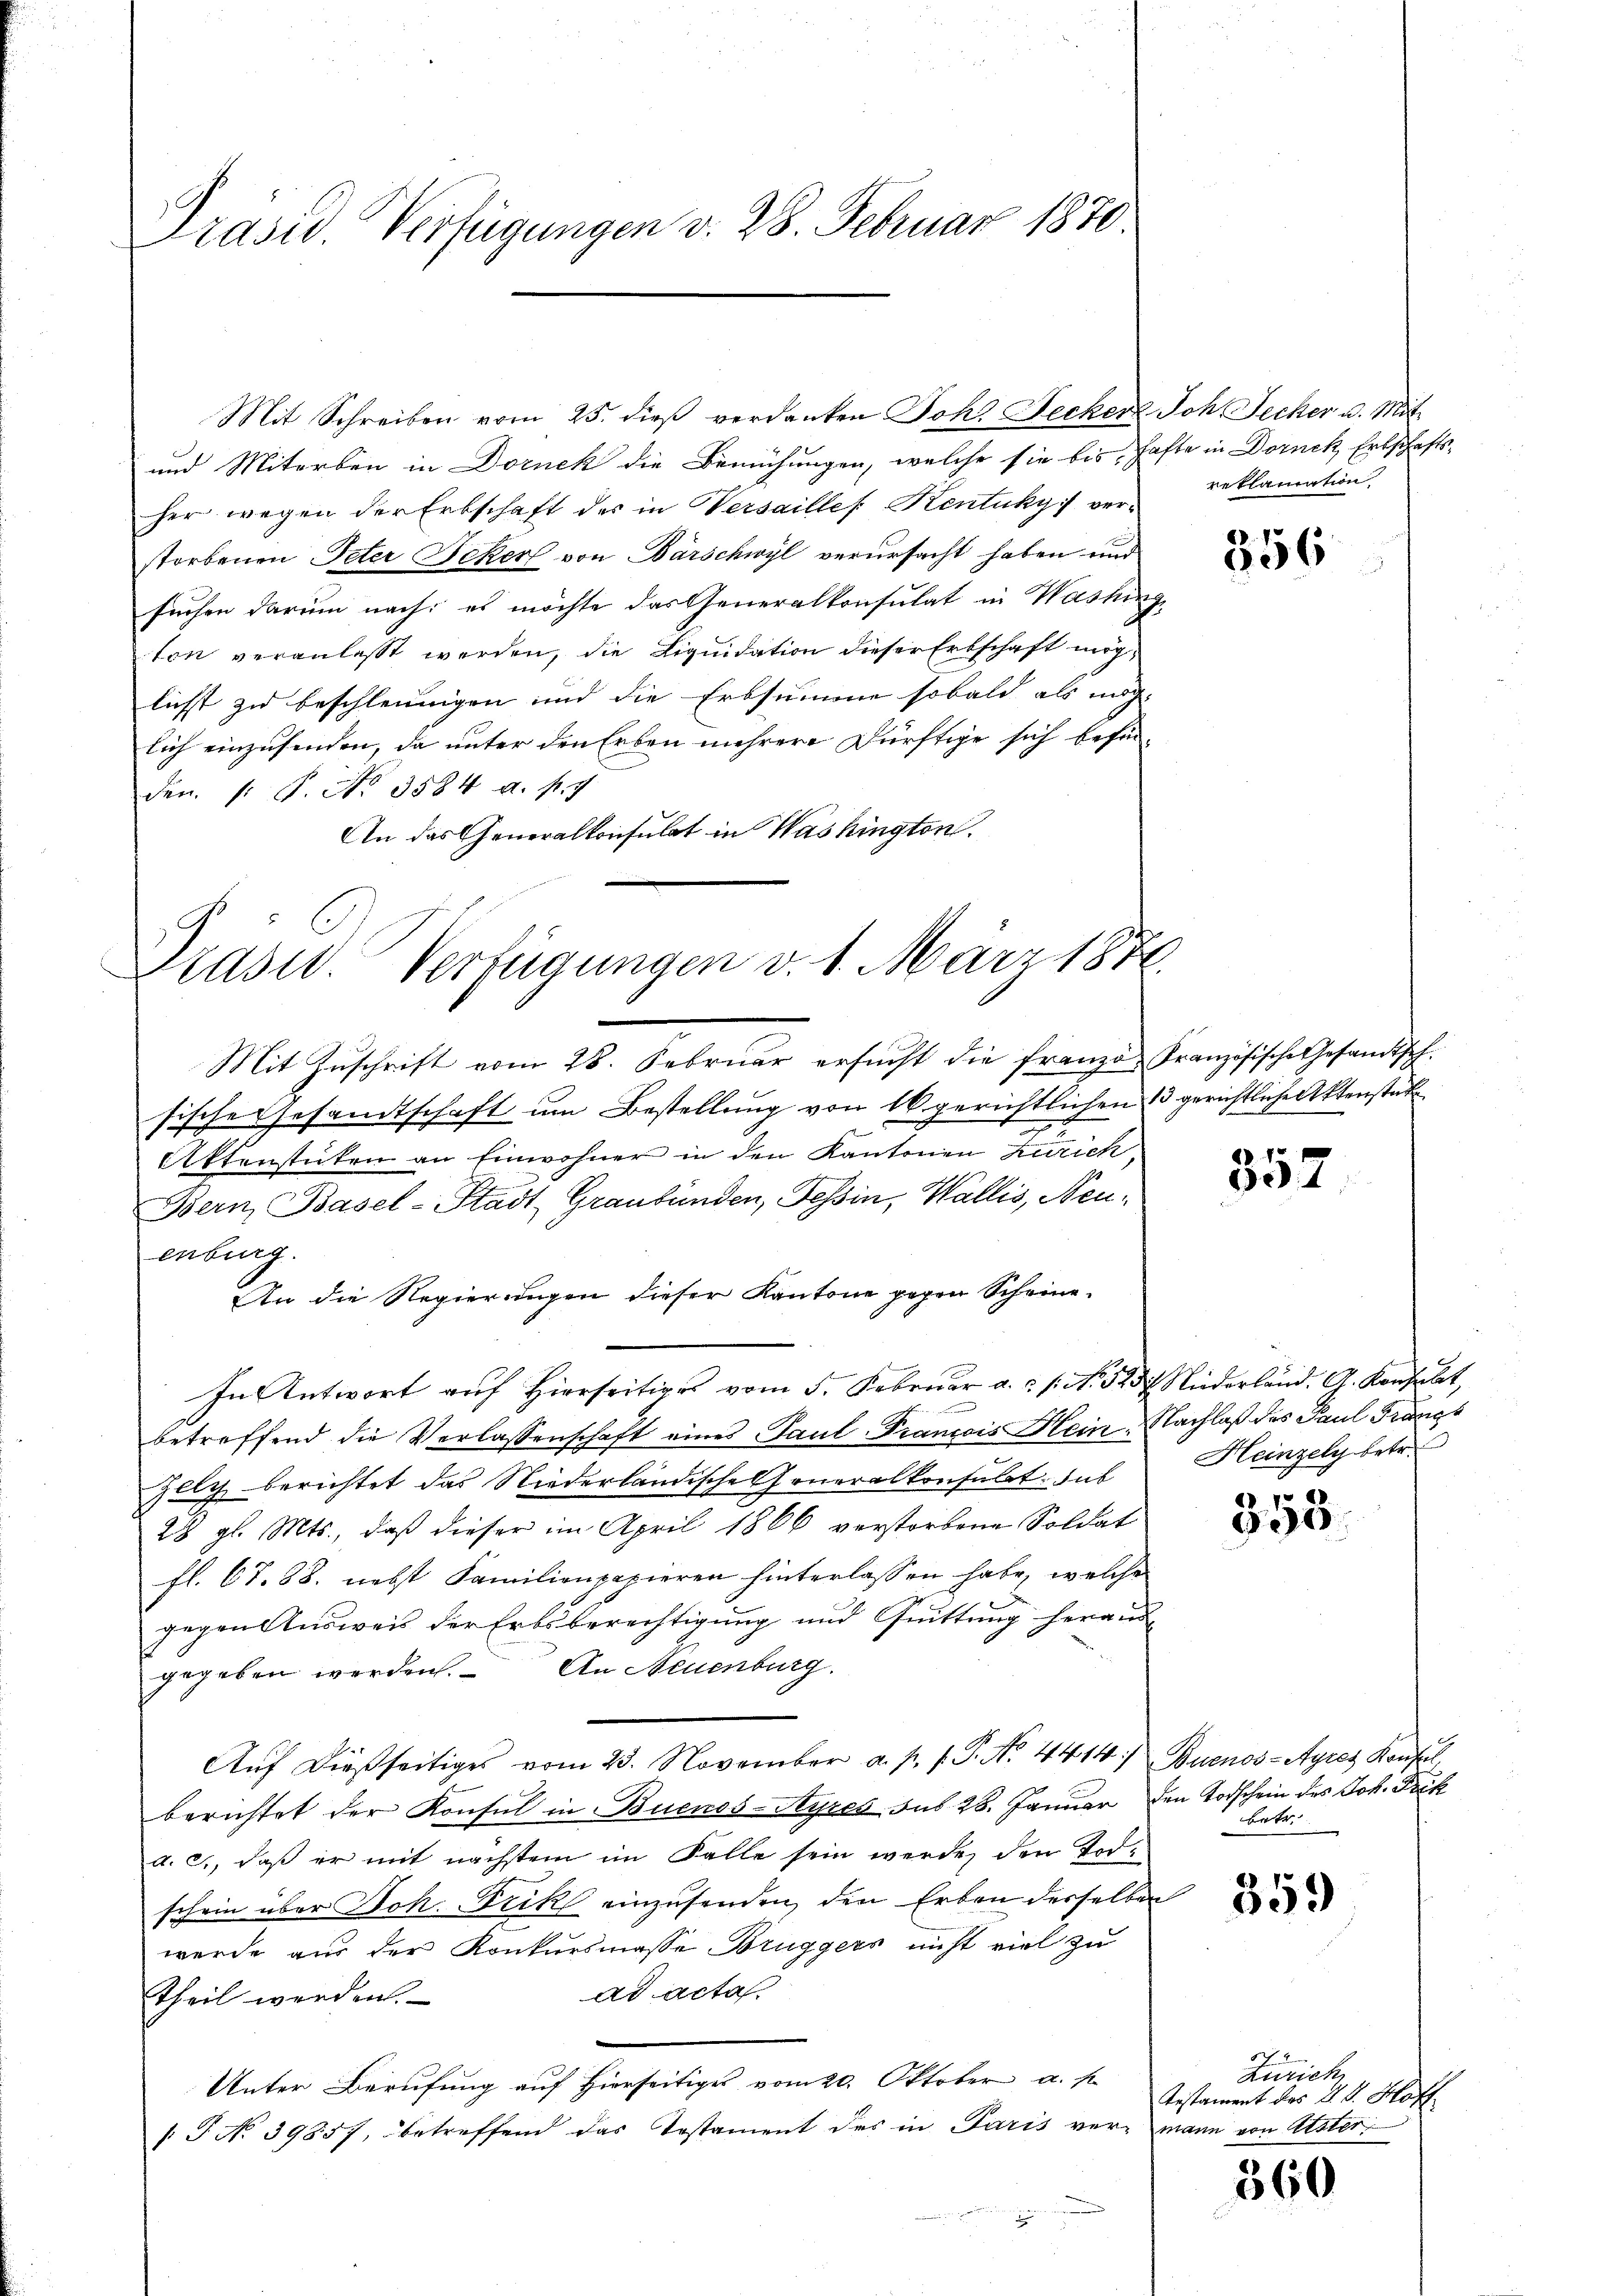
Präsid. Verfügungen v. 28. Februar 1870.

und Miterben in Dornek die Bemühungen, welche sie bis hafte in Dornck Erbschaftsher wegen der Erbschaft des in Versailles Kentuky] ver-
storbenen Peter Beker von Bärschwyl verursacht haben und
suchen darum nach, es möchte das Generalkonsulat in Washinge
ton veranlasst werden, die Liquidation dieser Erbschaft möglicht zu beschleunigen und die Erbsumme sobald als möchlich einzusenden, da unter den Erben mehrere Dürftige sich befin
Den 1. P. No. 3584. a. f. 7
An das Generalkonsulat in Washington.

Mit Schreiben vom 25. dieß verdanken Johs. Decker Joh. Secker u. Mit-

Drasid. Verfügungen v. 1. März 1876.

Mit Zŭschrift vom 28. Februar ersŭcht die franze Französische Gesandtsch.
sische Gesandtschaft um Bestellung von 16 gerichtlichen 13 gerichtliche Aktenstüt
.
n
Aktenstücken an Einwohner in den Kantonen Zürich¬
Bern, Basel-Stadt, Graubünden, Tessin, Wallis, Neuenburg.
An die Regierungen dieser Kantone gegen Scheine
In Antwort auf Hierseitiges vom 5. Februar a.c. s. No 523 f. Niederland. G. Konsult
n
betreffend die Verlassenschaft eines Paul-Trancois Hein, Nachlaß des Paul Frängt
Zlly berichtet das Niederländische Generalkonsulat, sub
28 gl. Mts., daß dieser im April 1866 verstorbene Soldat
fl. 67. 88. nebst Familienpapieren hinterlassen habe, welche
gegen Ausweis der Erbsberechtigung und Quittung heraus-
gegeben werden. An Neuenburg.
Aŭf dießseitiges vom 23. November a. p. 1. P. No. 4414) Buenos-Ayres Konfel
berichtet der Konsul in Buenos-Ayres aus 28. Januar den Todschein des Joh. Dock
a. c., daß er mit nächstem im Falle sein werde, den Todschein über Joh. Frik einzusenden, den Erben derselben
werde aus der Konkursmasse Bruggers nicht viel zu
ad acta
Theil werden.
Unter Berufung auf Hierseitiges vom 20. Oktober a. f.
/T No 39857, betreffend das Testament des in Paris vermann von Uster
d

reklamation.

356

357

Heinzely betr.

353.

betr.

Zürich
Gestament des 2 S. Hoff

360